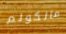
مالكولم